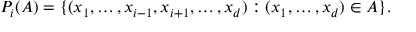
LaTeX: P _ { i } ( A ) = \{ ( x _ { 1 } , \ldots , x _ { i - 1 } , x _ { i + 1 } , \ldots , x _ { d } ) : ( x _ { 1 } , \ldots , x _ { d } ) \in A \} .